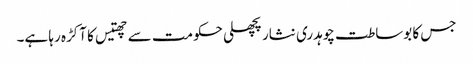
جس کا بوساطت چوہدری نثار پچھلی حکومت سے چھتیس کا آکڑہ رہا ہے۔